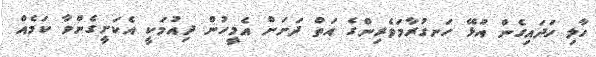
ހާލި ހަދައިގެން އުޅޭ ހަނގުރާމަވެރިންގެ އަތް ދަށަށް އެމީހުން ދިއުމަކީ އެކަށީގެންވާ ކަމެއް